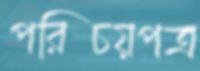
পরিচয়পত্র